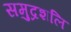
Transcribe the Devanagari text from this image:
समुद्रशलि